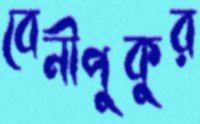
বেনীপুকুর